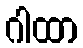
ဂါထာ